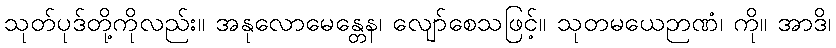
သုတ်ပုဒ်တို့ကိုလည်း။ အနုလောမေန္တေန၊ လျော်စေသဖြင့်။ သုတမယေဉာဏံ၊ ကို။ အာဒိ၊